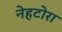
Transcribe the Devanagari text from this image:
नेहटोरा